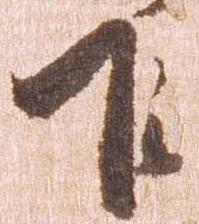
乍